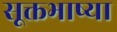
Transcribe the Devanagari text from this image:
सूक्तभाष्या